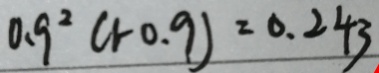
0 . 9 ^ { 2 } ( 1 - 0 . 9 ) = 0 . 2 4 3